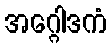
အဂ္ဂေါဒကံ